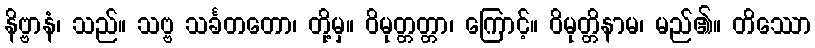
နိဗ္ဗာနံ၊ သည်။ သဗ္ဗ သင်္ခတတော၊ တို့မှ။ ဝိမုတ္တတ္တာ၊ ကြောင့်။ ဝိမုတ္တိနာမ၊ မည်၏။ တိဿော